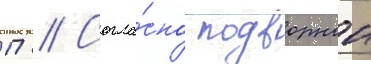
П // Согла́сно подворнои